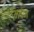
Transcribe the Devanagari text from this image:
मिषन